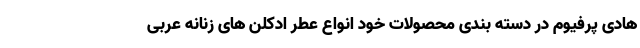
هادی پرفیوم در دسته بندی محصولات خود انواع عطر ادکلن های زنانه عربی